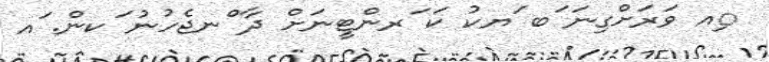
ިއ ވަރަށްގިނަ ަބ ަޔކު ކަ ަރންޓީނަށް ދާ ްނޖެހުނު ަކން. ައ